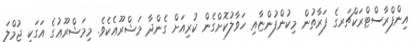
އިންފްރާސްޓްރަކްޗަރގެ ފަރާތުން މިކުންފުންޏާއި ހަވާލުކޮށްގެން ކުރިއަށް ގެންދާ މަޝްރޫޢެކެވެ. މިމަޝްރޫޢުގެ އަގަކީ ޖުމްލަ